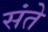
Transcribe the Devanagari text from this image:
संते